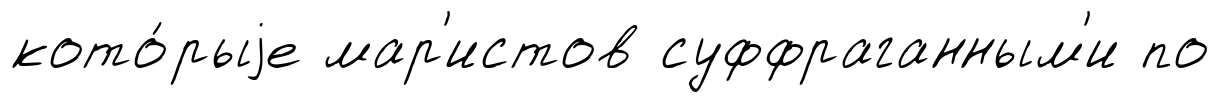
кото́рыjе мар'истов суффраганным'и по